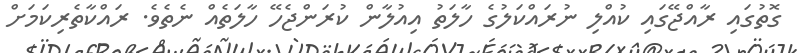
ގޮތުގައި ރާއްޖޭގައި ކުއްލި ނުރައްކަލުގެ ހާލަތު އިއުލާން ކުރަންޖެހޭ ހާލަތެއް ނެތެވެ. ރައްކާތެރިކަމަށް